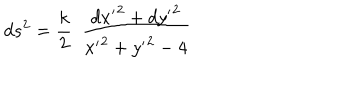
d s ^ { 2 } = \frac { k } { 2 } \ \ \frac { { d x ^ { \prime } } ^ { 2 } + { d y ^ { \prime } } ^ { 2 } } { { x ^ { \prime } } ^ { 2 } + { y ^ { \prime } } ^ { 2 } - 4 }